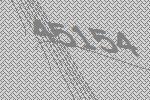
45154